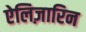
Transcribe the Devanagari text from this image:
ऐलिज़ारिन